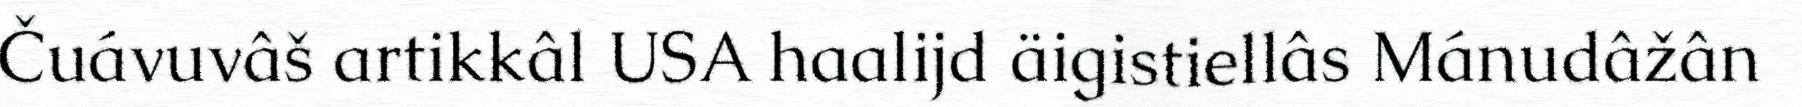
Čuávuvâš artikkâl USA haalijd äigistiellâs Mánudâžân